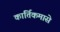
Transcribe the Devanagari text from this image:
कार्तिकमासे